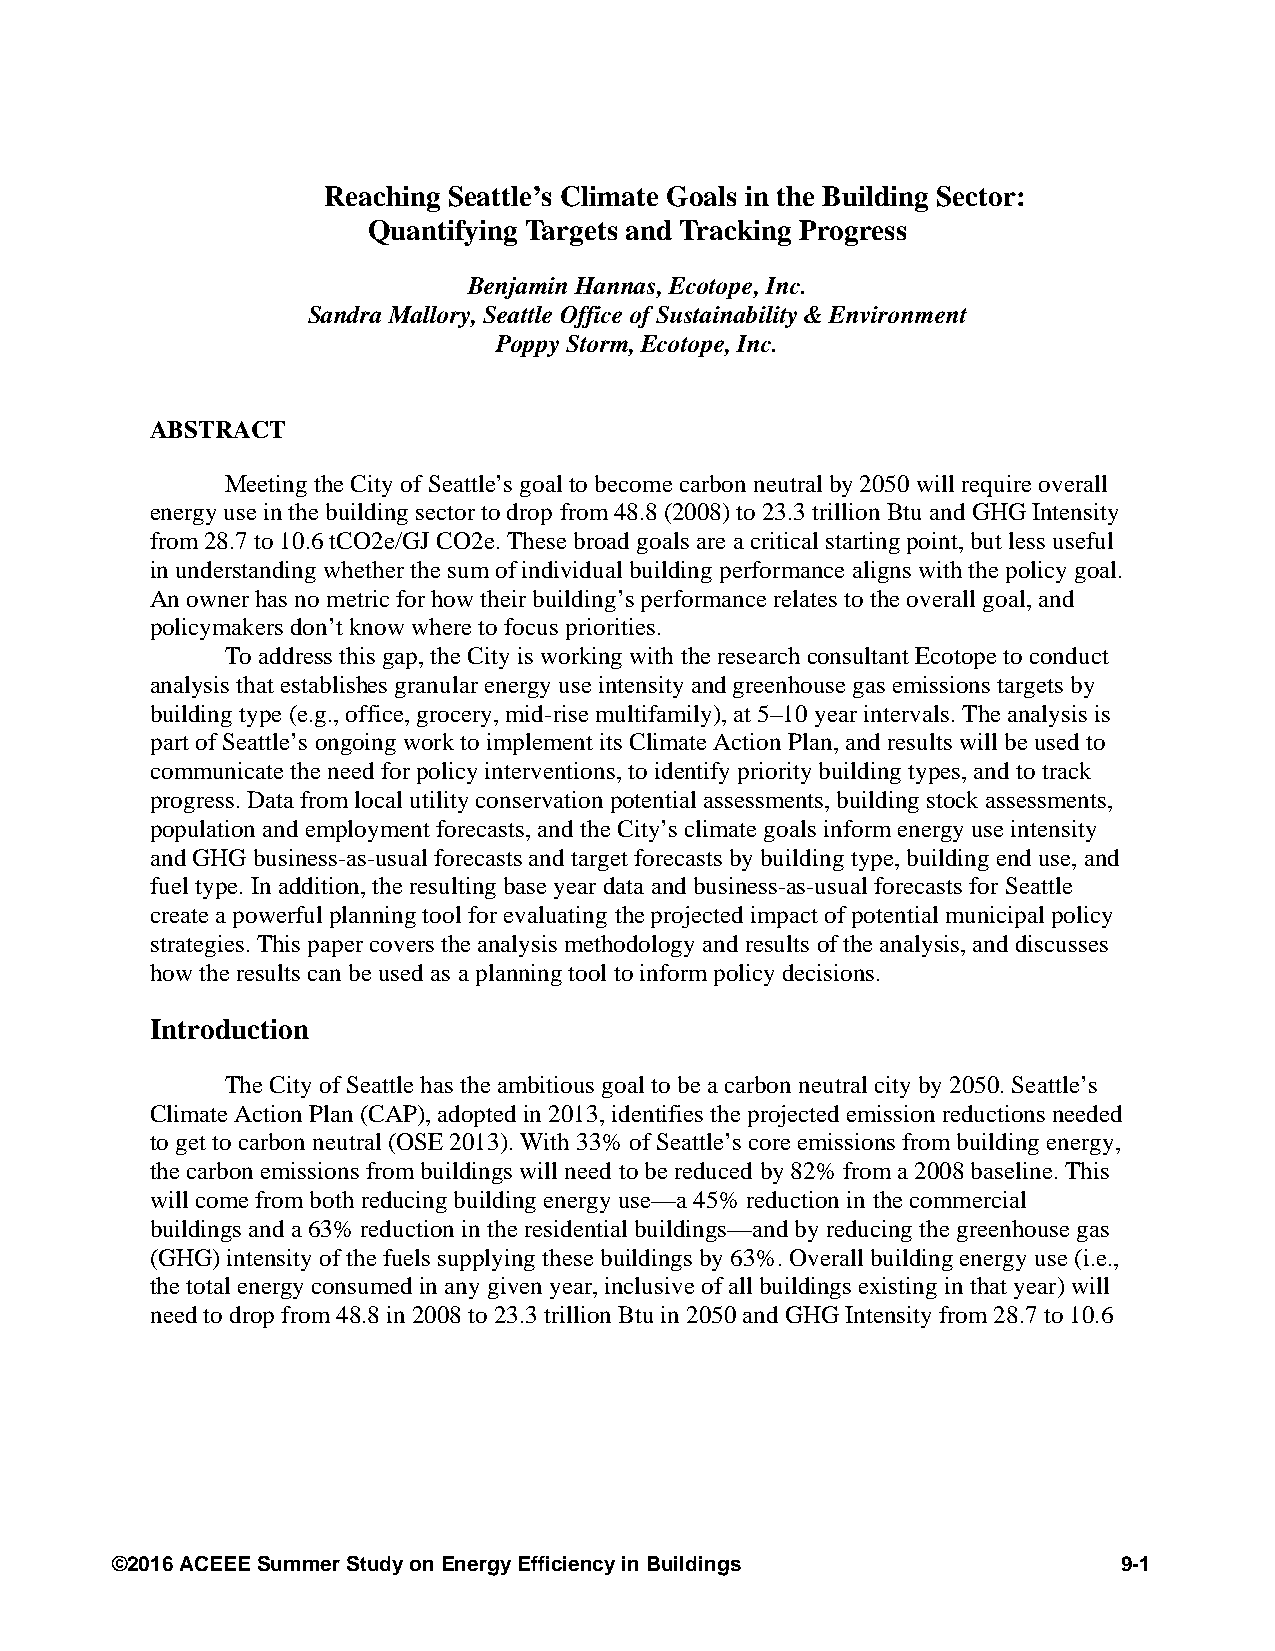
Reaching Seattle’s Climate Goals in the Building Sector:
 Quantifying Targets and Tracking Progress
 Benjamin Hannas, Ecotope, Inc.
 Sandra Mallory, Seattle Office of Sustainability & Environment
 Poppy Storm, Ecotope, Inc.
 ABSTRACT
 Meeting the City of Seattle’s goal to become carbon neutral by 2050 will require overall
 energy use in the building sector to drop from 48.8 (2008) to 23.3 trillion Btu and GHG Intensity
 from 28.7 to 10.6 tCO2e/GJ CO2e. These broad goals are a critical starting point, but less useful
 in understanding whether the sum of individual building performance aligns with the policy goal.
 An owner has no metric for how their building’s performance relates to the overall goal, and
 policymakers don’t know where to focus priorities.
 To address this gap, the City is working with the research consultant Ecotope to conduct
 analysis that establishes granular energy use intensity and greenhouse gas emissions targets by
 building type (e.g., office, grocery, mid-rise multifamily), at 5–10 year intervals. The analysis is
 part of Seattle’s ongoing work to implement its Climate Action Plan, and results will be used to
 communicate the need for policy interventions, to identify priority building types, and to track
 progress. Data from local utility conservation potential assessments, building stock assessments,
 population and employment forecasts, and the City’s climate goals inform energy use intensity
 and GHG business-as-usual forecasts and target forecasts by building type, building end use, and
 fuel type. In addition, the resulting base year data and business-as-usual forecasts for Seattle
 create a powerful planning tool for evaluating the projected impact of potential municipal policy
 strategies. This paper covers the analysis methodology and results of the analysis, and discusses
 how the results can be used as a planning tool to inform policy decisions.
 Introduction
 The City of Seattle has the ambitious goal to be a carbon neutral city by 2050. Seattle’s
 Climate Action Plan (CAP), adopted in 2013, identifies the projected emission reductions needed
 to get to carbon neutral (OSE 2013). With 33% of Seattle’s core emissions from building energy,
 the carbon emissions from buildings will need to be reduced by 82% from a 2008 baseline. This
 will come from both reducing building energy use—a 45% reduction in the commercial
 buildings and a 63% reduction in the residential buildings—and by reducing the greenhouse gas
 (GHG) intensity of the fuels supplying these buildings by 63%. Overall building energy use (i.e.,
 the total energy consumed in any given year, inclusive of all buildings existing in that year) will
 need to drop from 48.8 in 2008 to 23.3 trillion Btu in 2050 and GHG Intensity from 28.7 to 10.6
 ©2016 ACEEE Summer Study on Energy Efficiency in Buildings         9-1